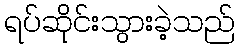
ရပ်ဆိုင်းသွားခဲ့သည်